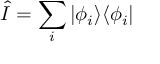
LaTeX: { \hat { I } } = \sum _ { i } | \phi _ { i } \rangle \langle \phi _ { i } |